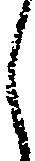
く